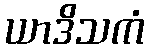
ယာဒိသကံ